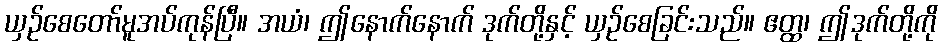
ယှဉ်စေတော်မူအပ်ကုန်ပြီ။ အယံ၊ ဤနောက်နောက် ဒုက်တို့နှင့် ယှဉ်စေခြင်းသည်။ ဧတ္ထ၊ ဤဒုက်တို့ကို